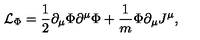
{ \cal L } _ { \Phi } = \frac { 1 } { 2 } \partial _ { \mu } \Phi \partial ^ { \mu } \Phi + \frac { 1 } { m } \Phi \partial _ { \mu } J ^ { \mu } ,